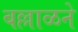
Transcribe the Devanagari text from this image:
बल्लाळने